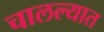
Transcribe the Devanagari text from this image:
चालल्यात